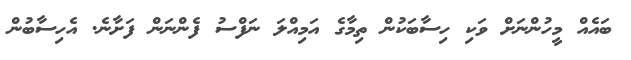
ބައެއް މީހުންނަށް ވަކި ހިސާބަކުން ތިމާގެ އަމިއްލަ ނަފްސު ފެންނަން ފަށާނެ. އެހިސާބުން